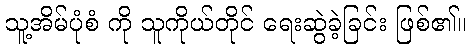
သူ့အိမ်ပုံစံ ကို သူကိုယ်တိုင် ရေးဆွဲခဲ့ခြင်း ဖြစ်၏။